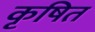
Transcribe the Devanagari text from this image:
कृषित